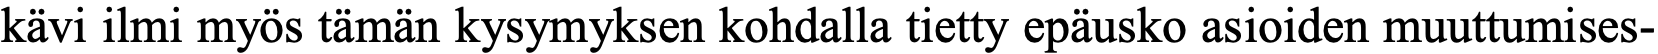
kävi ilmi myös tämän kysymyksen kohdalla tietty epäusko asioiden muuttumises-